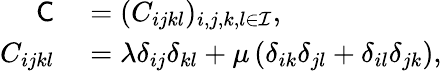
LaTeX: \begin{array}{rl}{\mathsf{C}}&{{}=(C_{ijkl})_{i,j,k,l\in\mathcal{I}},}\\ {C_{ijkl}}&{{}=\lambda\delta_{ij}\delta_{kl}+\mu\left(\delta_{ik}\delta_{jl}+\delta_{il}\delta_{jk}\right),}\end{array}